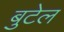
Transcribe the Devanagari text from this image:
बुटेल